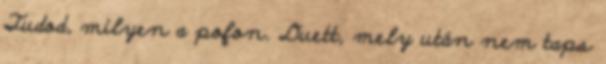
Tudod, milyen a pofon. Duett, mely után nem taps